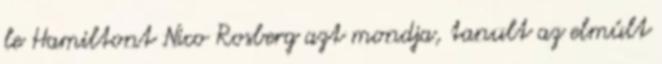
le Hamiltont Nico Rosberg azt mondja, tanult az elmúlt